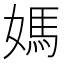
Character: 媽